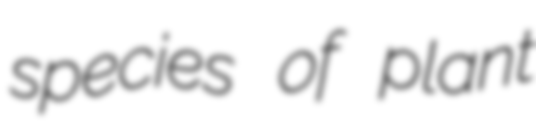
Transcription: species of plant